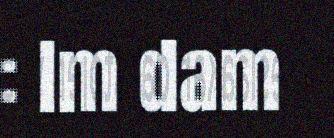
: Im dam